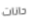
حانات